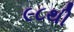
૯૮થી